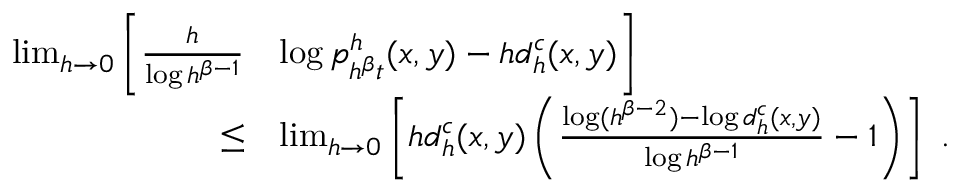
\begin{array} { r l } { \operatorname* { l i m } _ { h \rightarrow 0 } \bigg [ \frac { h } { \log h ^ { \beta - 1 } } } & { \log p _ { h ^ { \beta } t } ^ { h } ( x , y ) - h d _ { h } ^ { c } ( x , y ) \bigg ] } \\ { \leq } & { \operatorname* { l i m } _ { h \rightarrow 0 } \left[ h d _ { h } ^ { c } ( x , y ) \left( \frac { \log ( h ^ { \beta - 2 } ) - \log d _ { h } ^ { c } ( x , y ) } { \log h ^ { \beta - 1 } } - 1 \right) \right] \ . } \end{array}